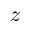
\boldsymbol { z }